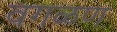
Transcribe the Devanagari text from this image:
वगळण